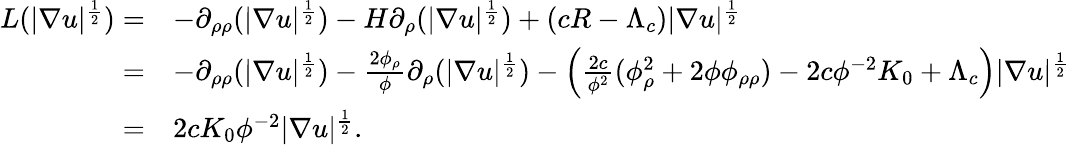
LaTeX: \begin{array}{rl}{L(|\nabla u|^{\frac{1}{2}})=}&{-\partial_{\rho\rho}(|\nabla u|^{\frac{1}{2}})-H\partial_{\rho}(|\nabla u|^{\frac{1}{2}})+(cR-\Lambda_{c})|\nabla u|^{\frac{1}{2}}}\\ {=}&{-\partial_{\rho\rho}(|\nabla u|^{\frac{1}{2}})-\frac{2\phi_{\rho}}{\phi}\partial_{\rho}(|\nabla u|^{\frac{1}{2}})-\left(\frac{2c}{\phi^{2}}(\phi_{\rho}^{2}+2\phi\phi_{\rho\rho})-2c\phi^{-2}K_{0}+\Lambda_{c}\right)|\nabla u|^{\frac{1}{2}}}\\ {=}&{2cK_{0}\phi^{-2}|\nabla u|^{\frac{1}{2}}.}\end{array}